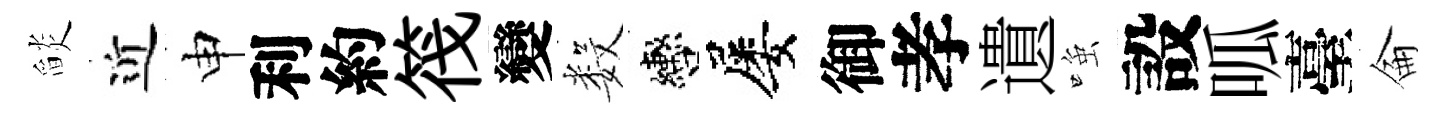
𦦨近申利約筏變数轡屡御孝遺𫪻設呱臺侖